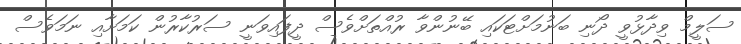
ސަލީމް ވިދާޅުވީ ދޯނި ބަނުމަށްޓަކައި ބޭނުންވާ ރުއްތަށްވެސް ދީފައިވަނީ ސަރުކާރުން ކަމަށާއި ނަމަވެސް